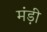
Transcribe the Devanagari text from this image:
मंड़ी